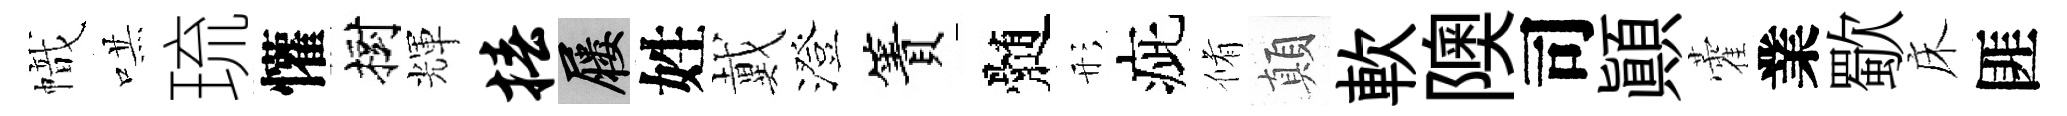
幟哄琉懽樹輝椿屨姓戴澄簀髄形疵脩顛軟隩司顛藿業歜床匪